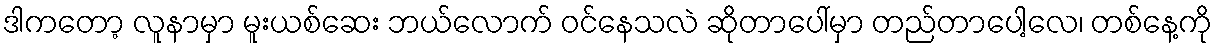
ဒါကတော့ လူနာမှာ မူးယစ်ဆေး ဘယ်လောက် ဝင်နေသလဲ ဆိုတာပေါ်မှာ တည်တာပေါ့လေ၊ တစ်နေ့ကို